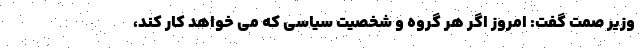
وزیر صمت گفت: امروز اگر هر گروه و شخصیت سیاسی که می خواهد کار کند،